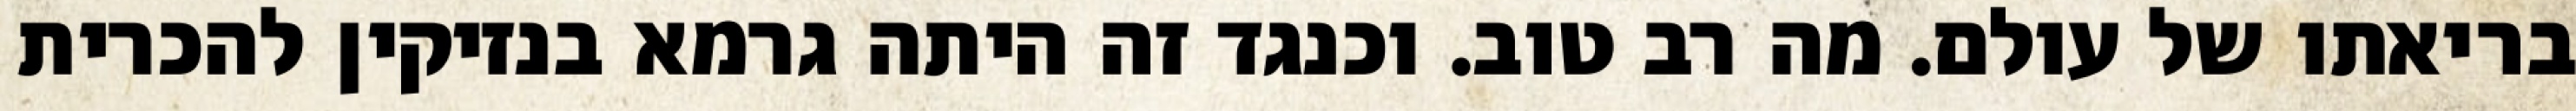
בריאתו של עולם. מה רב טוב. וכנגד זה היתה גרמא בנזיקין להכרית